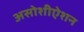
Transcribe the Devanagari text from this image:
असोशीऐशन